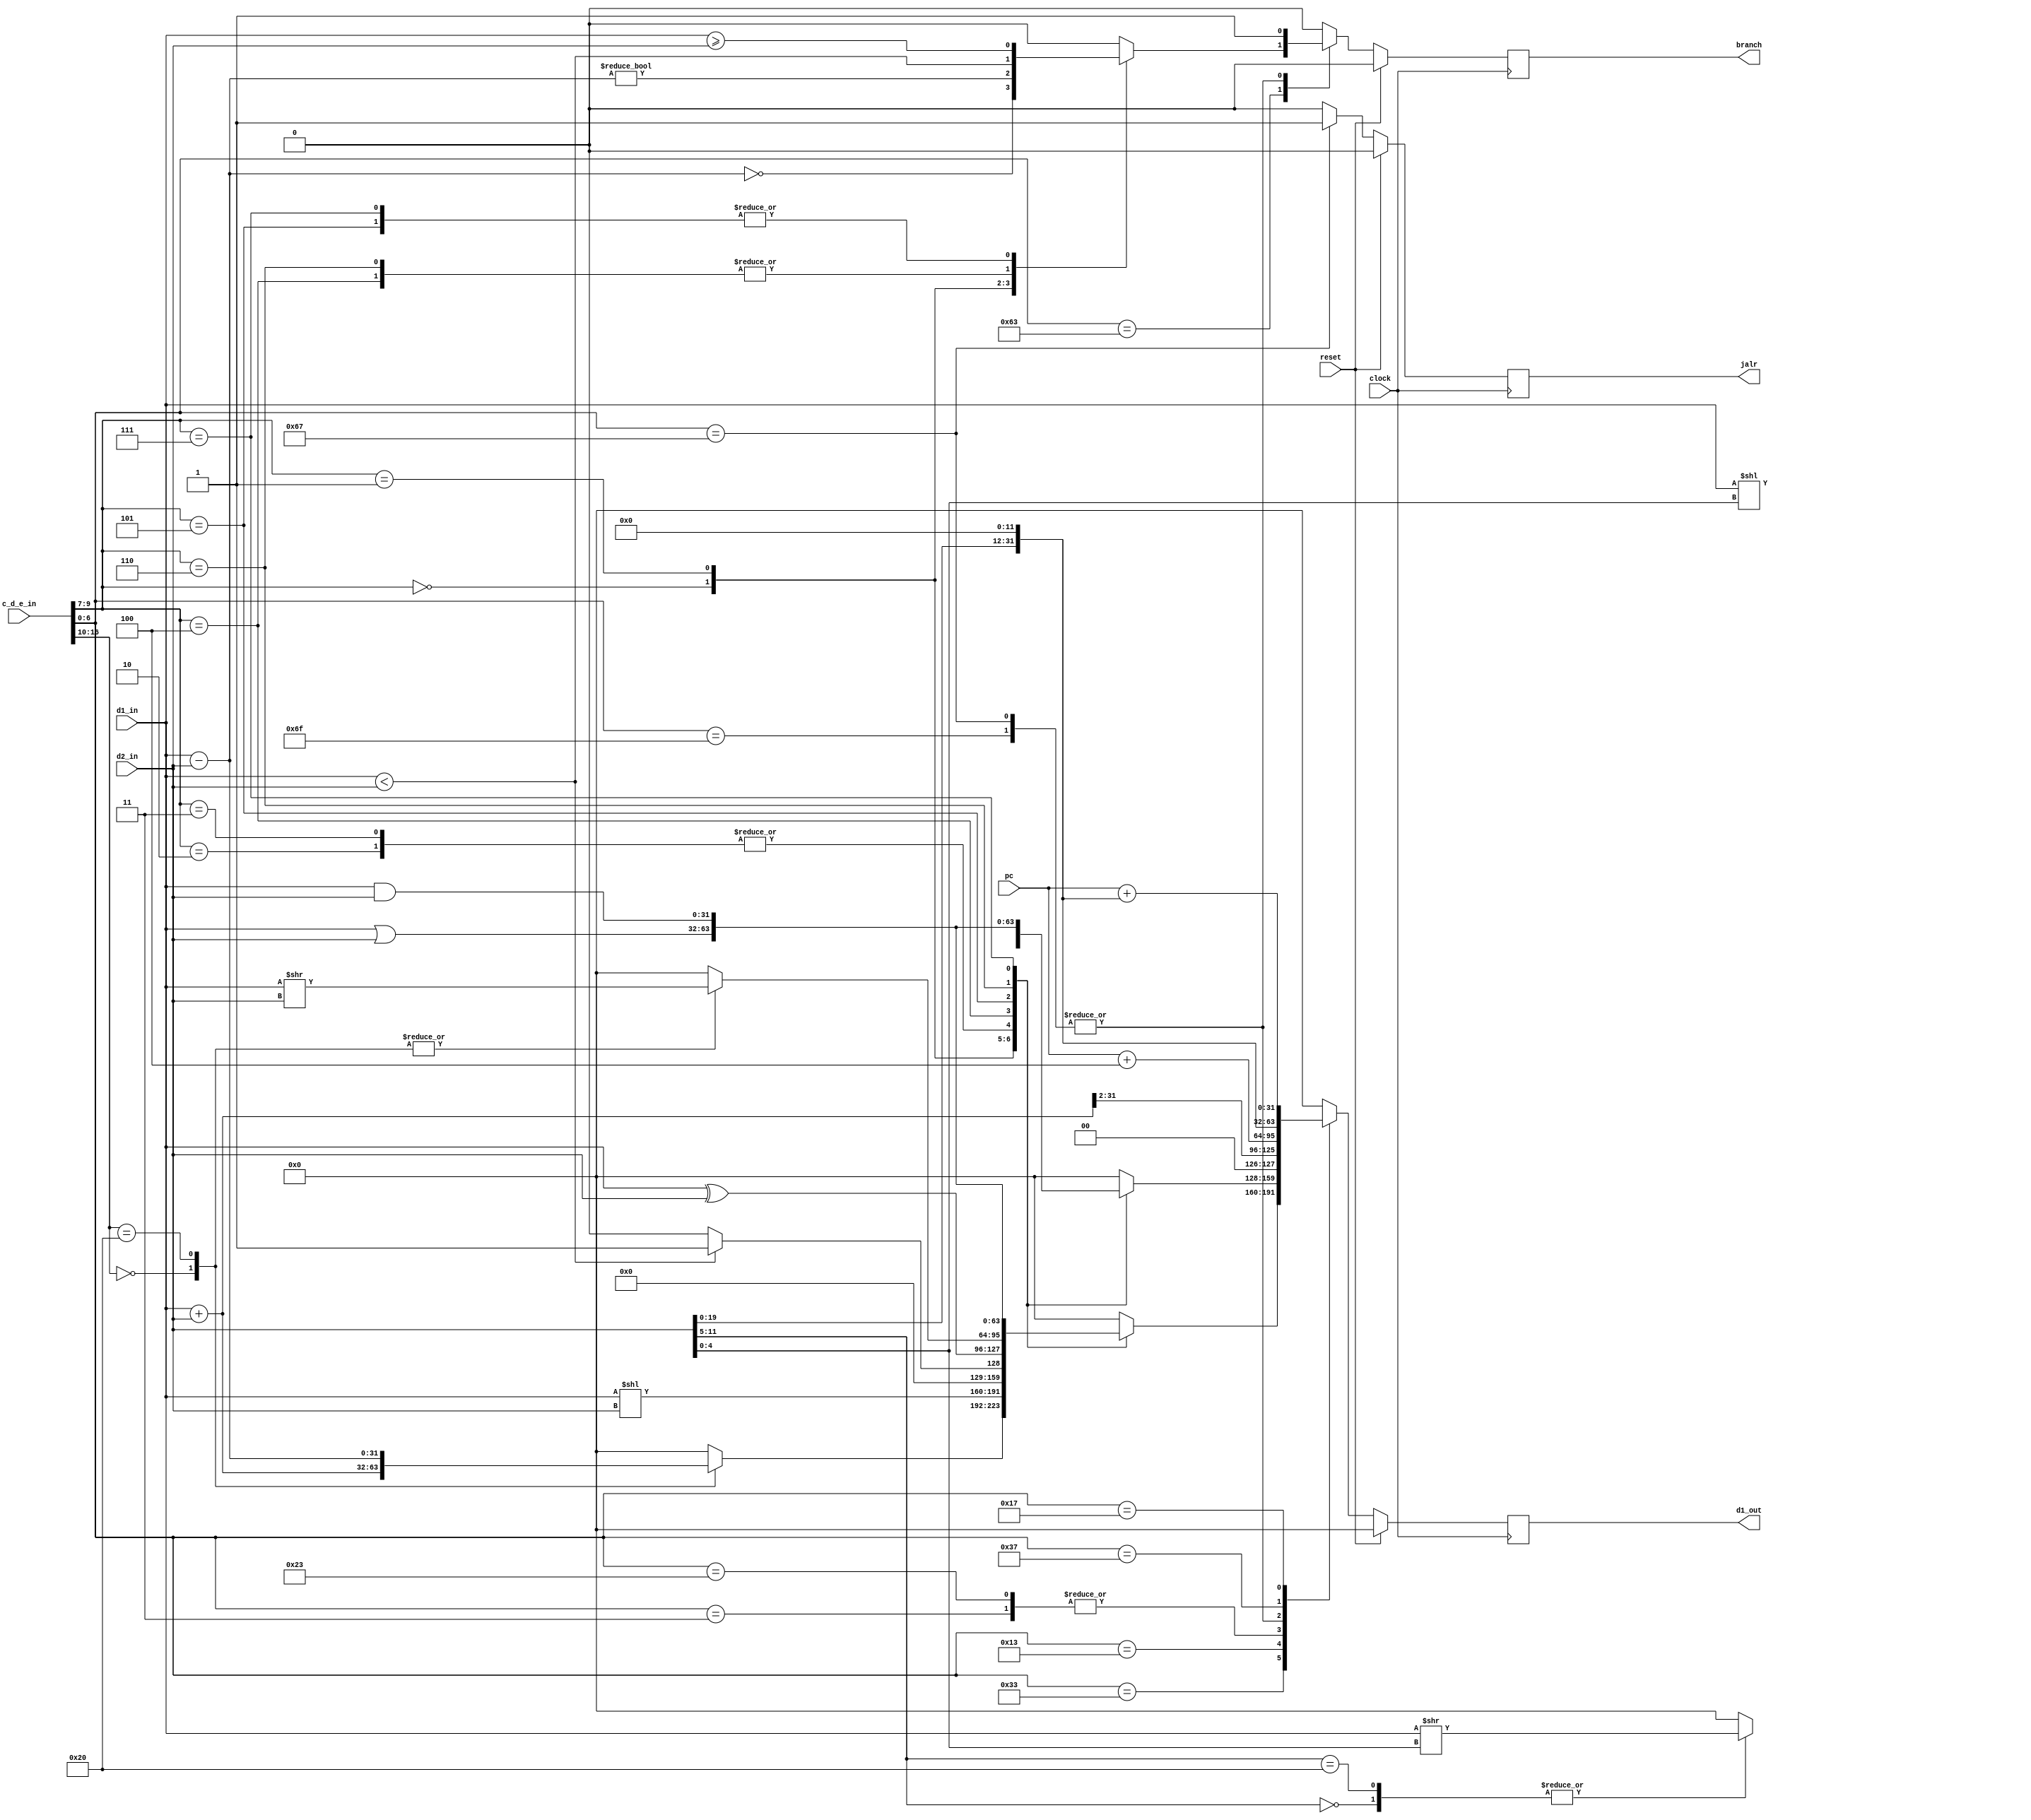
// ALU
module alu (
	input wire [31:0] d1_in,
	input wire [31:0] d2_in,
	input wire [31:0] c_d_e_in,
	input wire [31:0] pc,
	input wire clock,
	input wire reset,
	output reg [31:0] d1_out,
	output reg branch,
	output reg jalr
	);
	
	initial begin
		d1_out <= 0;
		branch <= 0;
		jalr <= 0;
		end
	
	always @(negedge clock) begin
		if (reset) begin
			d1_out <= 0;
			branch <= 0;
			jalr <= 0;
		end else begin
			d1_out <= 0;
			branch <= 0;
			jalr <= 0;
			
			case (c_d_e_in[6:0])
				7'b0110011: // Math
					begin
						case (c_d_e_in[9:7])
							3'b000:
								begin
									case (c_d_e_in[16:10])
										6'b000000:
											begin // add
												d1_out <= d1_in + d2_in;
											end
										6'b100000:
											begin // sub
												d1_out <= d1_in - d2_in;
											end
									endcase
								end
							3'b001:
								begin // sll
									d1_out <= d1_in << d2_in;
								end
							3'b010:
								begin // slt
									d1_out <= (d1_in < d2_in) ? 1 : 0;
								end
							3'b011:
								begin // sltu
									d1_out <= (d1_in < d2_in) ? 1 : 0;
								end
							3'b100:
								begin // xor
									d1_out <= d1_in ^ d2_in;
								end
							3'b101:
								begin
									case (c_d_e_in[16:10])
										6'b000000:
											begin // srl
												d1_out <= d1_in >> d2_in;
											end
										6'b100000:
											begin // sra
												d1_out <= d1_in >> d2_in;
											end
									endcase
								end
							3'b110:
								begin // or
									d1_out <= d1_in | d2_in;
								end
							3'b111:
								begin // and
									d1_out <= d1_in & d2_in;
								end
						endcase
					end
				7'b0010011: // Math Imm
					begin
						case (c_d_e_in[9:7])
							3'b000:
								begin // addi
									d1_out <= d1_in + d2_in;
								end
							3'b001:
								begin // slli
									d1_out <= d1_in << d2_in[4:0];
								end
							3'b010:
								begin // slti
									d1_out <= (d1_in < d2_in) ? 1 : 0;
								end
							3'b011:
								begin // sltiu
									d1_out <= (d1_in < d2_in) ? 1 : 0;
								end
							3'b100:
								begin // xori
									d1_out <= d1_in ^ d2_in;
								end
							3'b101:
								begin
									case (d2_in[11:5])
										6'b000000:
											begin // srli
												d1_out <= d1_in >> d2_in[4:0];
											end
										6'b100000:
											begin // srai
												d1_out <= d1_in >> d2_in[4:0];
											end
									endcase
								end
							3'b110:
								begin // ori
									d1_out <= d1_in | d2_in;
								end
							3'b111:
								begin // andi
									d1_out <= d1_in & d2_in;
								end
						endcase
					end
				7'b0000011: // Load
					begin // lw
						d1_out <= (d1_in + d2_in) >> 2;
					end
				7'b0100011: // Store
					begin // sw
						d1_out <= (d1_in + d2_in) >> 2;
					end
				7'b1100011: // Branch
					begin
						case (c_d_e_in[9:7])
							3'b000:
								begin // beq
									branch <= (0 == (d1_in - d2_in));
								end
							3'b001:
								begin // bne
									branch <= (0 != (d1_in - d2_in));
								end
							3'b100:
								begin // blt
									branch <= (d1_in < d2_in);
								end
							3'b101:
								begin // bge
									branch <= (d1_in >= d2_in);
								end
							3'b110:
								begin // bltu
									branch <= (d1_in < d2_in);
								end
							3'b111:
								begin // bgeu
									branch <= (d1_in >= d2_in);
								end
						endcase
					end
				7'b1101111: // Jump And Link
					begin // jal
						d1_out <= pc + 4;
						branch <= 1;
					end
				7'b1100111: // Jump And Link Reg
					begin // jalr
						d1_out <= pc + 4;
						branch <= 1;
						jalr <= 1;
					end
				7'b0110111: // Load Upper Imm
					begin // lui
						d1_out <= d2_in << 12;
					end
				7'b0010111: // Add Upper Imm
					begin // auipc
						d1_out <=  pc + (d2_in << 12);
					end
			endcase
		end
	end
	
endmodule